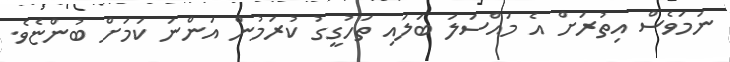
ނަމަވެސް އިތުރަށް އެ މައްސަލަ ބަލައި ތަހުގީގު ކުރަމުން އަންނަ ކަމަށް ބުންޏެވެ.